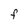
Character: F